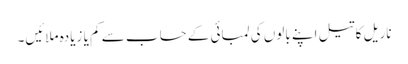
ناریل کا تیل اپنے بالوں کی لمبائی کے حساب سے کم یا زیادہ ملائیں۔